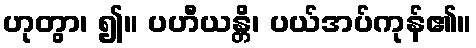
ဟုတွာ၊ ၍။ ပဟီယန္တိ၊ ပယ်အပ်ကုန်၏။